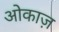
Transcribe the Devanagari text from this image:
ओकाज़